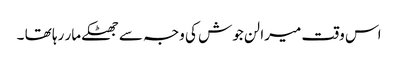
اس وقت میرا لن جوش کی وجہ سے جھٹکے مار رہا تھا ۔